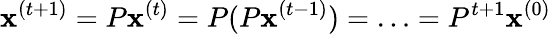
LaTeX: \mathbf{x}^{(t+1)}=P\mathbf{x}^{(t)}=P(P\mathbf{x}^{(t-1)})=\ldots=P^{t+1}\mathbf{x}^{(0)}